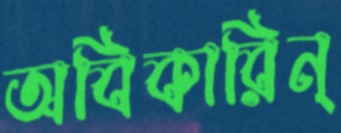
অবিকারিন্